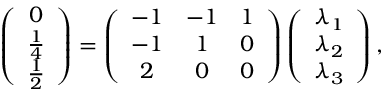
\left( \begin{array} { c } { 0 } \\ { \frac { 1 } { 4 } } \\ { \frac { 1 } { 2 } } \end{array} \right) = \left( \begin{array} { c c c } { - 1 } & { - 1 } & { 1 } \\ { - 1 } & { 1 } & { 0 } \\ { 2 } & { 0 } & { 0 } \end{array} \right) \left( \begin{array} { c } { \lambda _ { 1 } } \\ { \lambda _ { 2 } } \\ { \lambda _ { 3 } } \end{array} \right) ,